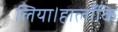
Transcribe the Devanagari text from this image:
लिया।हालाँकि